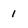
Character: 1